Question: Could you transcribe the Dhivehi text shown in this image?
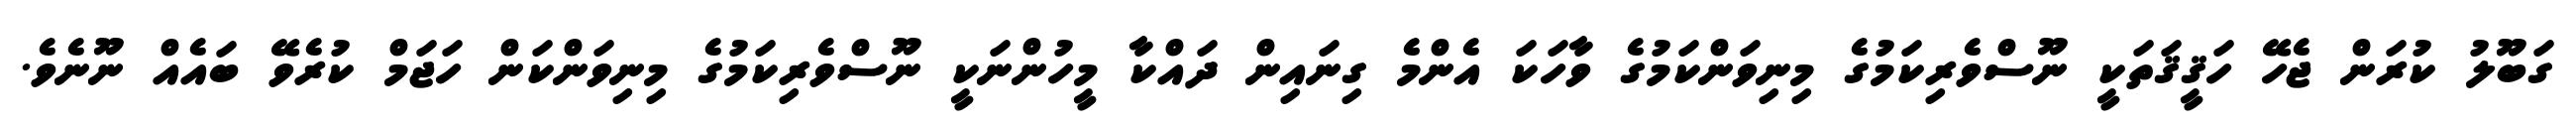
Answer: ގަބޫލު ކުރަން ޖެހޭ ހަޤީޤަތަކީ ނޫސްވެރިކަމުގެ މިނިވަންކަމުގެ ވާހަކަ އެންމެ ގިނައިން ދައްކާ މީހުންނަކީ ނޫސްވެރިކަމުގެ މިނިވަންކަން ހަޖަމް ކުރެވޭ ބައެއް ނޫނެވެ.